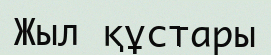
Жыл құстары